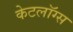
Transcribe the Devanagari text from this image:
केटलॉग्स